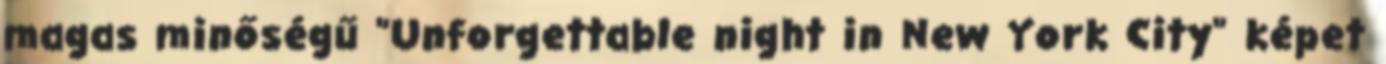
magas minőségű "Unforgettable night in New York City" képet